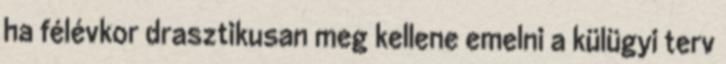
ha félévkor drasztikusan meg kellene emelni a külügyi terv